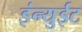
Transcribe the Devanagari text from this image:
इंन्युईट